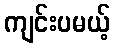
ကျင်းပမယ့်